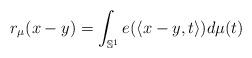
LaTeX: \begin{align*} r_{\mu}(x-y)= \int_{\mathbb{S}^1} e(\langle x-y, t\rangle)d\mu(t) \end{align*}